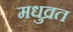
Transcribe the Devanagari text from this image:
मधुव्रत